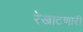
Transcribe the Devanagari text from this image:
रेखाटणारी